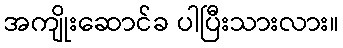
အကျိုးဆောင်ခ ပါပြီးသားလား။